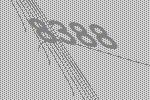
8388